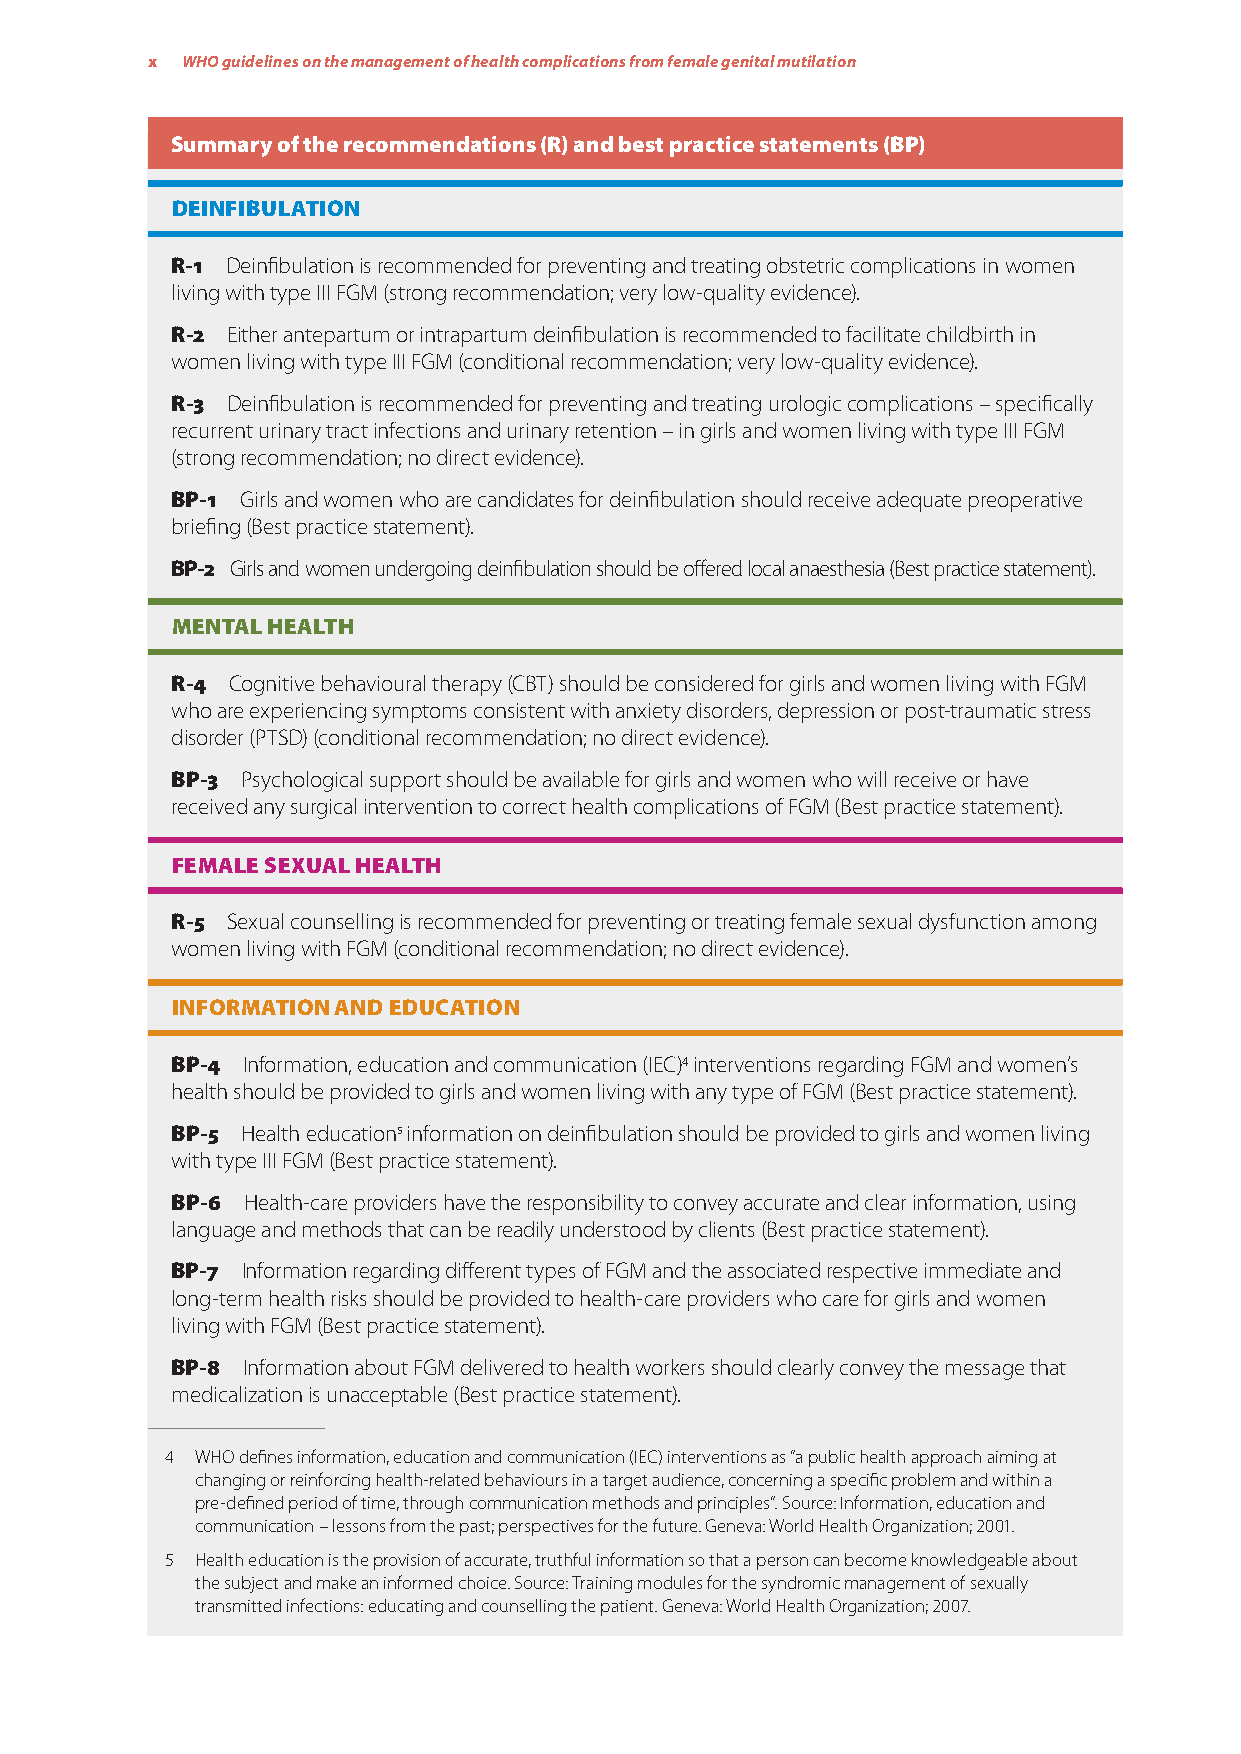
x WHO guidelines on the management of health complications from female genital mutilation
 Summary of the recommendations (R) and best practice statements (BP)
 DEINFIBULATION
 R-1 Deinfibulation is recommended for preventing and treating obstetric complications in women
 living with type III FGM (strong recommendation; very low-quality evidence).
 R-2 Either antepartum or intrapartum deinfibulation is recommended to facilitate childbirth in
 women living with type III FGM (conditional recommendation; very low-quality evidence).
 R-3 Deinfibulation is recommended for preventing and treating urologic complications – specifically
 recurrent urinary tract infections and urinary retention – in girls and women living with type III FGM
 (strong recommendation; no direct evidence).
 BP-1 Girls and women who are candidates for deinfibulation should receive adequate preoperative
 briefing (Best practice statement).
 BP-2 Girls and women undergoing deinfibulation should be offered local anaesthesia (Best practice statement).
 MENTAL HEALTH
 R-4 Cognitive behavioural therapy (CBT) should be considered for girls and women living with FGM
 who are experiencing symptoms consistent with anxiety disorders, depression or post-traumatic stress
 disorder (PTSD) (conditional recommendation; no direct evidence).
 BP-3 Psychological support should be available for girls and women who will receive or have
 received any surgical intervention to correct health complications of FGM (Best practice statement).
 FEMALE SEXUAL HEALTH
 R-5 Sexual counselling is recommended for preventing or treating female sexual dysfunction among
 women living with FGM (conditional recommendation; no direct evidence).
 INFORMATION AND EDUCATION
 BP-4 Information, education and communication (IEC)4 interventions regarding FGM and women’s
 health should be provided to girls and women living with any type of FGM (Best practice statement).
 BP-5 Health education5 information on deinfibulation should be provided to girls and women living
 with type III FGM (Best practice statement).
 BP-6 Health-care providers have the responsibility to convey accurate and clear information, using
 language and methods that can be readily understood by clients (Best practice statement).
 BP-7 Information regarding different types of FGM and the associated respective immediate and
 long-term health risks should be provided to health-care providers who care for girls and women
 living with FGM (Best practice statement).
 BP-8 Information about FGM delivered to health workers should clearly convey the message that
 medicalization is unacceptable (Best practice statement).
 4 WHO defines information, education and communication (IEC) interventions as “a public health approach aiming at
 changing or reinforcing health-related behaviours in a target audience, concerning a specific problem and within a
 pre-defined period of time, through communication methods and principles”. Source: Information, education and
 communication – lessons from the past; perspectives for the future. Geneva: World Health Organization; 2001.
 5 Health education is the provision of accurate, truthful information so that a person can become knowledgeable about
 the subject and make an informed choice. Source: Training modules for the syndromic management of sexually
 transmitted infections: educating and counselling the patient. Geneva: World Health Organization; 2007.